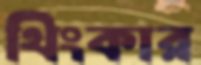
থিংকার